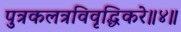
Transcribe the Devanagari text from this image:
पुत्रकलत्रविवृद्धिकरे॥४॥